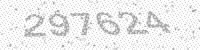
Solution: 297624